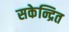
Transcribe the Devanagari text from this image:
सकेन्द्रित